Civil Veterinary Department Bihar reports 1940-50 - 1940-1950
Year: 1940
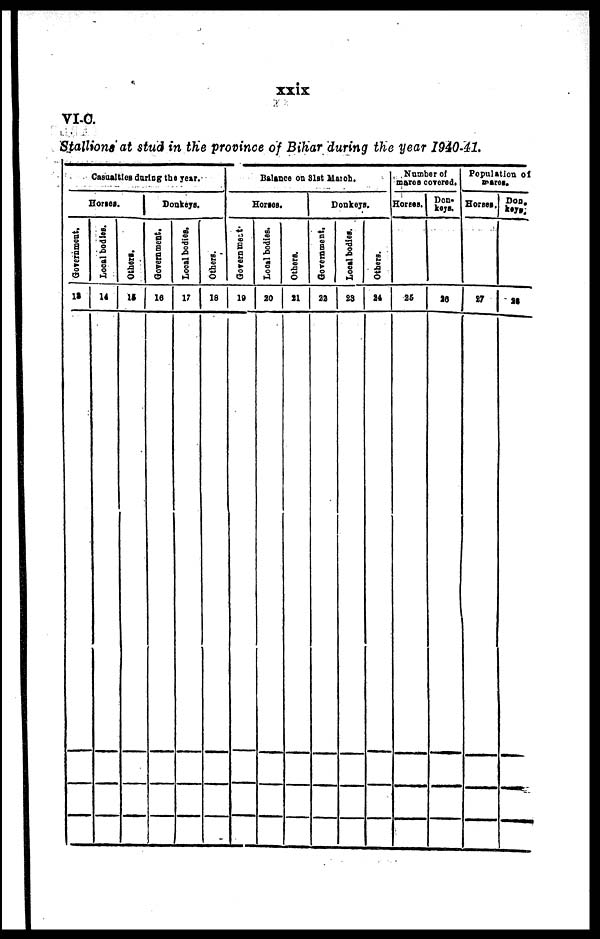
xxix
VI-O.
Stallions at stud in the province of Bihar during the year 1940-41.
Casualties during the year
Horses.
Government.
13
Local bodies.
14
Others.
15
Donkeys.
Government.
16
Local bodies.
17
Others.
18
Balance on 31st March.
Horses.
Government-
19
Local bodies.
20
Others.
21
Donkeys.
Government.
22
Local bodies.
23
Others.
24
Number of
mares covered.
Horses.
25
Don-
keys.
26
Population of
mares.
Horses,
27
ssk
28.